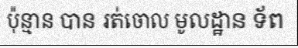
ប៉ុន្មាន បាន រត់ចោល មូលដ្ឋាន ទ័ព